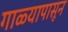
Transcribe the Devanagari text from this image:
गाळ्यापासून